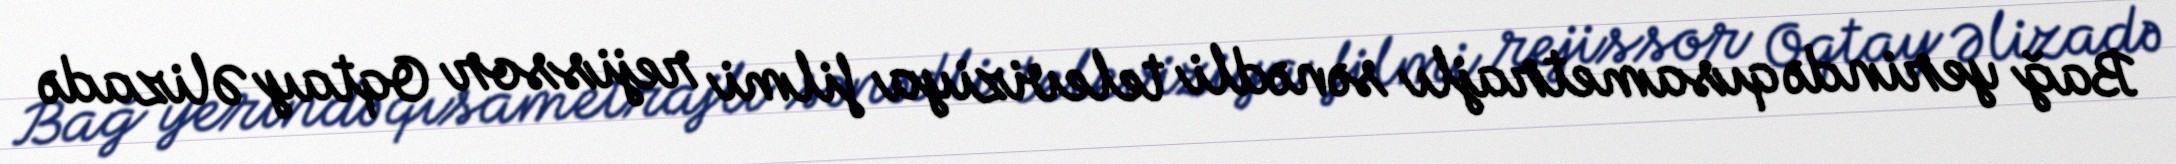
Bağ yerində qısametrajlı sənədli televiziya filmi rejissor Oqtay Əlizadə